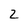
Character: 2